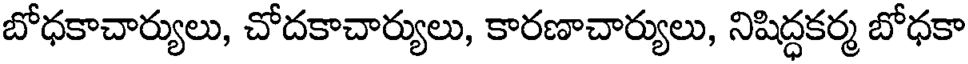
బోధకాచార్యులు, చోదకాచార్యులు, కారణాచార్యులు, నిషిద్ధకర్మ బోధకా